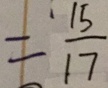
= \frac { 1 5 } { 1 7 }